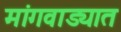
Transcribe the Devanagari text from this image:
मांगवाड्यात